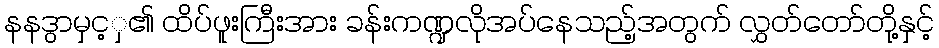
နနဒွာမှင့ှ၏ ထိပ်ဖူးကြီးအား ခန်းကဏ္ဍလိုအပ်နေသည့်အတွက် လွှတ်တော်တို့နှင့်